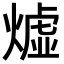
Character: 𪹣